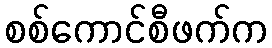
စစ်ကောင်စီဖက်က